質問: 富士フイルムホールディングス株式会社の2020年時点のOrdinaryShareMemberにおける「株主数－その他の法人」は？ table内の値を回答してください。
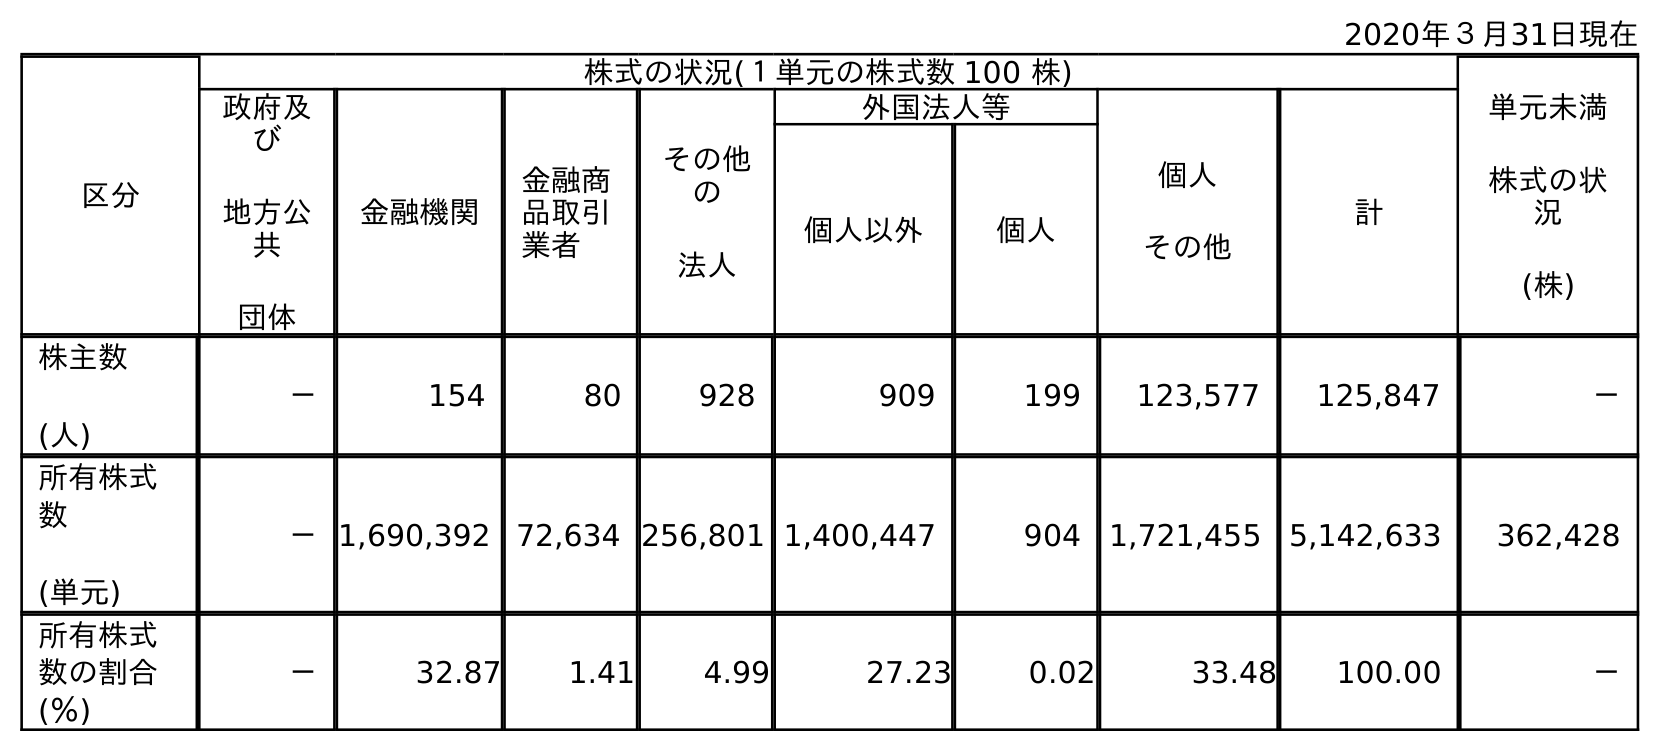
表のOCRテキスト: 2020年３月31日現在 区分 株式の状況(１単元の株式数 100 株) 単元未満 株式の状 況 (株) 政府及 び 地方公 共 団体 金融機関 金融商 品取引 業者 その他 の 法人 外国法人等 個人 その他 計 個人以外 個人 株主数 (人) － 154 80 928 909 199 123,577 125,847 － 所有株式 数 (単元) －1,690,392 72,634 256,801 1,400,447 904 1,721,455 5,142,633 362,428 所有株式 数の割合 (％) － 32.87 1.41 4.99 27.23 0.02 33.48 100.00 －
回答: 928